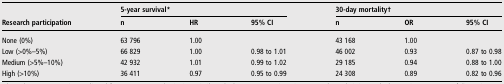
<table><thead><tr><td rowspan="2"><b>Research participation</b></td><td colspan="3"><b>5-year survival*</b></td><td colspan="3"><b>30-day mortality†</b></td></tr><tr><td><b>n</b></td><td><b>HR</b></td><td><b>95% CI</b></td><td><b>n</b></td><td><b>OR</b></td><td><b>95% CI</b></td></tr></thead><tbody><tr><td>None (0%)</td><td>63 796</td><td>1.00</td><td></td><td>43 168</td><td>1.00</td><td></td></tr><tr><td>Low (&gt;0%–5%)</td><td>66 829</td><td>1.00</td><td>0.98 to 1.01</td><td>46 002</td><td>0.93</td><td>0.87 to 0.98</td></tr><tr><td>Medium (&gt;5%–10%)</td><td>42 932</td><td>1.01</td><td>0.99 to 1.02</td><td>29 185</td><td>0.94</td><td>0.88 to 1.00</td></tr><tr><td>High (&gt;10%)</td><td>36 411</td><td>0.97</td><td>0.95 to 0.99</td><td>24 308</td><td>0.89</td><td>0.82 to 0.96</td></tr></tbody></table>